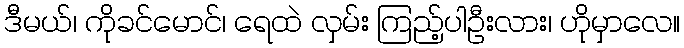
ဒီမယ်၊ ကိုခင်မောင်၊ ရေထဲ လှမ်း ကြည့်ပါဦးလား၊ ဟိုမှာလေ။